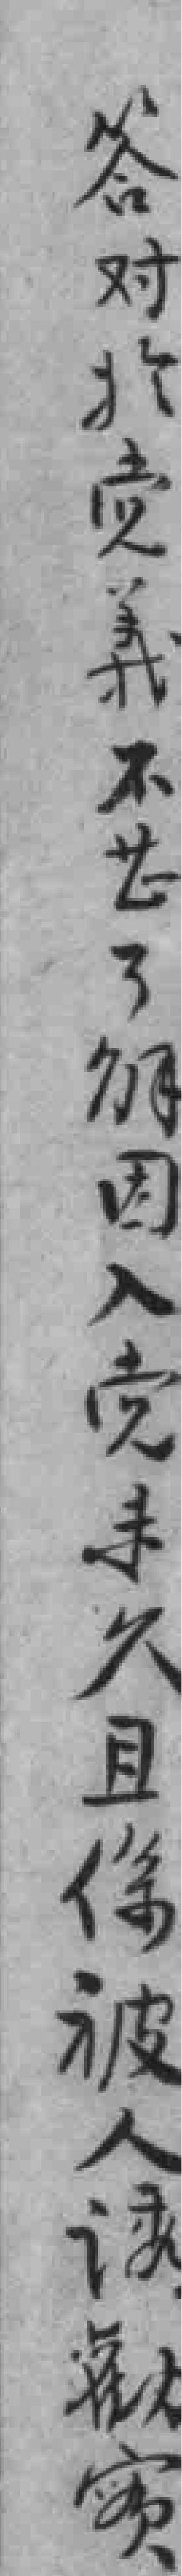
答对於党義不甚了解因入党未久且係被人诱勸實